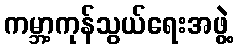
ကမ္ဘာ့ကုန်သွယ်ရေးအဖွဲ့